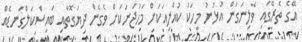
އޭގެ ތެރޭގައި ވެލިނަގަން އުޅުނު މީހަކު ކުއްލިއަކަށް މަހުޖަނަކަށް ވެގެން ދިޔަގޮތާއި ބައިސްކަލްގަނޑެއް